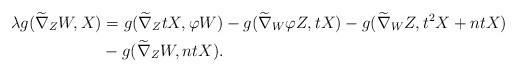
LaTeX: \begin{align*}\lambda g(\widetilde\nabla_{Z}W, X) &= g(\widetilde\nabla_{Z}tX, \varphi W)-g(\widetilde\nabla_{W}\varphi Z,tX)-g(\widetilde\nabla_{W}Z, t^{2}X+ntX) \\&-g(\widetilde\nabla_{Z}W, ntX). \end{align*}